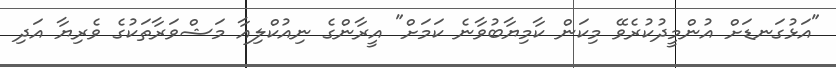
"އަޅުގަނޑަށް އުންމީދުކުރެވޭ މިކަން ކާމިޔާބުވާނެ ކަމަށް" އީރާންގެ ނިއުކްލިއާ މަޝްވަރާތަކުގެ ވެރިޔާ އަދި